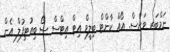
ނަމްބަރ ވަންސް. އޯއް ކާންޓް ބިލީވް އިޓް އިޓްސް ސޯ ބިއުޓިފުލް އެން